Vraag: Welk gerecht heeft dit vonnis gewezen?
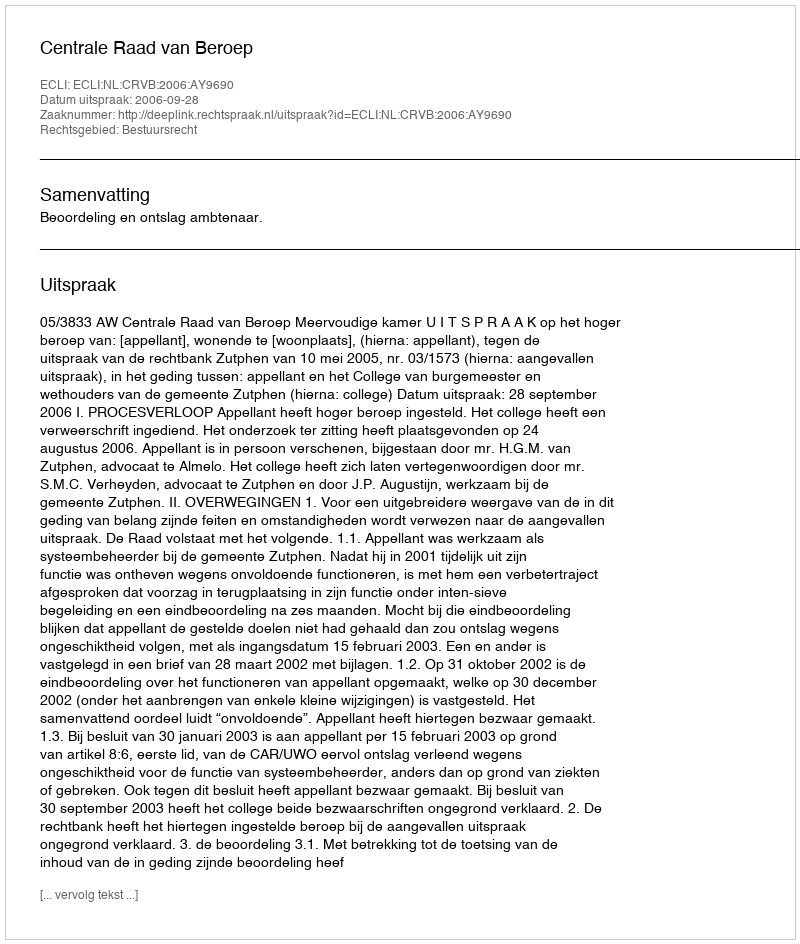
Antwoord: Centrale Raad van Beroep